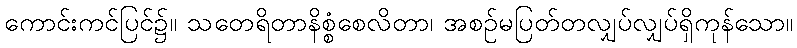
ကောင်းကင်ပြင်၌။ သတေရိတာနိစ္စံစေလိတာ၊ အစဉ်မပြတ်တလျှပ်လျှပ်ရှိကုန်သော။